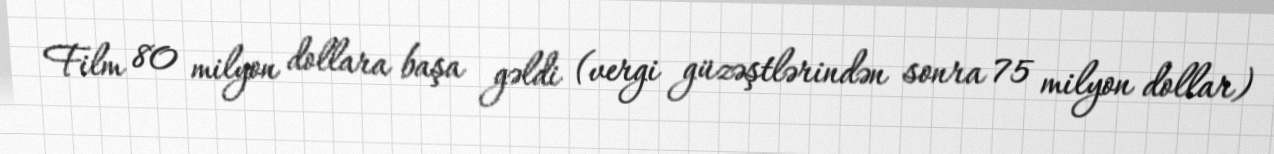
Film 80 milyon dollara başa gəldi (vergi güzəştlərindən sonra 75 milyon dollar)